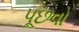
પૂછવો